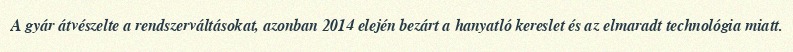
A gyár átvészelte a rendszerváltásokat, azonban 2014 elején bezárt a hanyatló kereslet és az elmaradt technológia miatt.